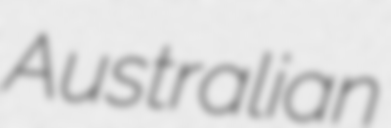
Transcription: Australian